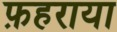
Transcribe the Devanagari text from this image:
फ़हराया